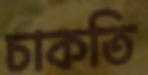
চাকতি